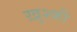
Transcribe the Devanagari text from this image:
ख़ुश्की